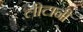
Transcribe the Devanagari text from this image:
लीटानी